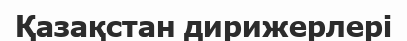
Қазақстан дирижерлері